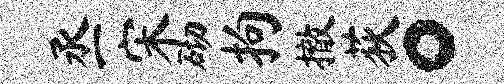
丞宋砌拘撤荻。